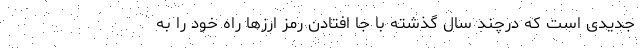
جدیدی است که درچند سال گذشته با جا افتادن رمز ارزها راه خود را به